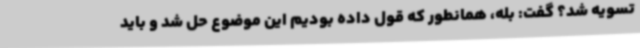
تسویه شد؟ گفت: بله، همانطور که قول داده بودیم این موضوع حل شد و باید